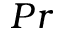
P r